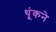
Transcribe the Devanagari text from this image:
थूंकने